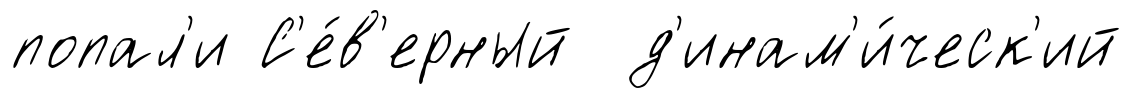
попал'и С'е́в'ерный д'инам'и́ческ'ий